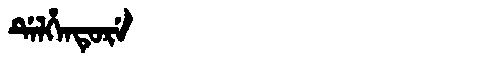
Manchu: ᡩᡝᠯᡥᡝᠨᡨᡠᡵᡝ
Romanization: DELHENTURE